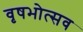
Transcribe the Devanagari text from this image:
वृषभोत्सव